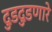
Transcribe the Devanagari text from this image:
दुडदुडणारे